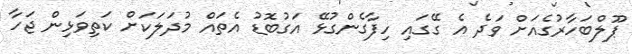
ޕޫލްބަހާރުގެއަށް ވަދެ އެ ގޭގައި ހިފާގެންގުޅޭ އަގުބޮޑު އެތައް މުދަލަކަށް ކަތިވަޅިން ޖަހާ